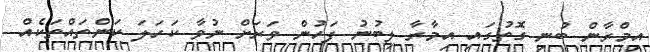
އިމްރާން ބުނި ގޮތުގައި އިމާރާ ލިބުނު ފަހުން ވަރަށް ނުވާ ކަަހަލަ ކަންތައްތަކެއް